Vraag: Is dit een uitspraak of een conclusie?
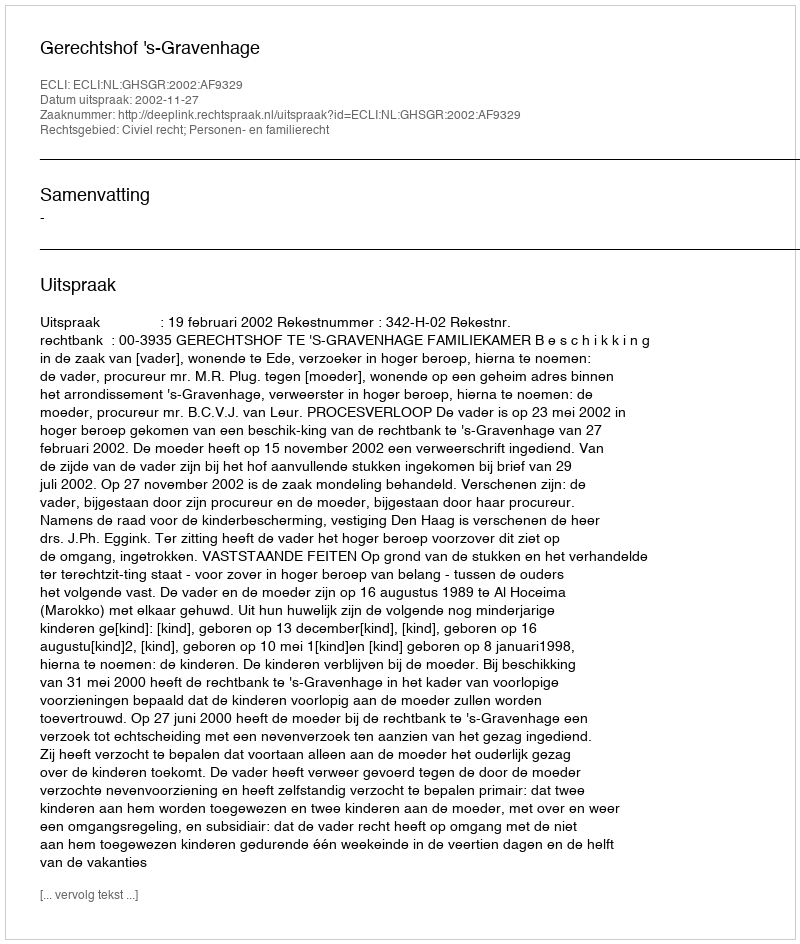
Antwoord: Uitspraak